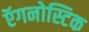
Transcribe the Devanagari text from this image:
ऍगनोस्टिक